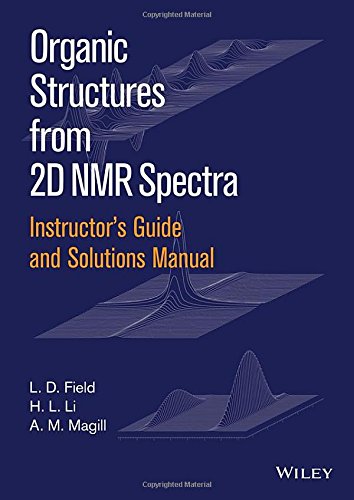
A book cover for Organic Structures from 2D NMR Spectra, Instructor's Guide and Solutions Manual; L. D. Field; Science & Math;